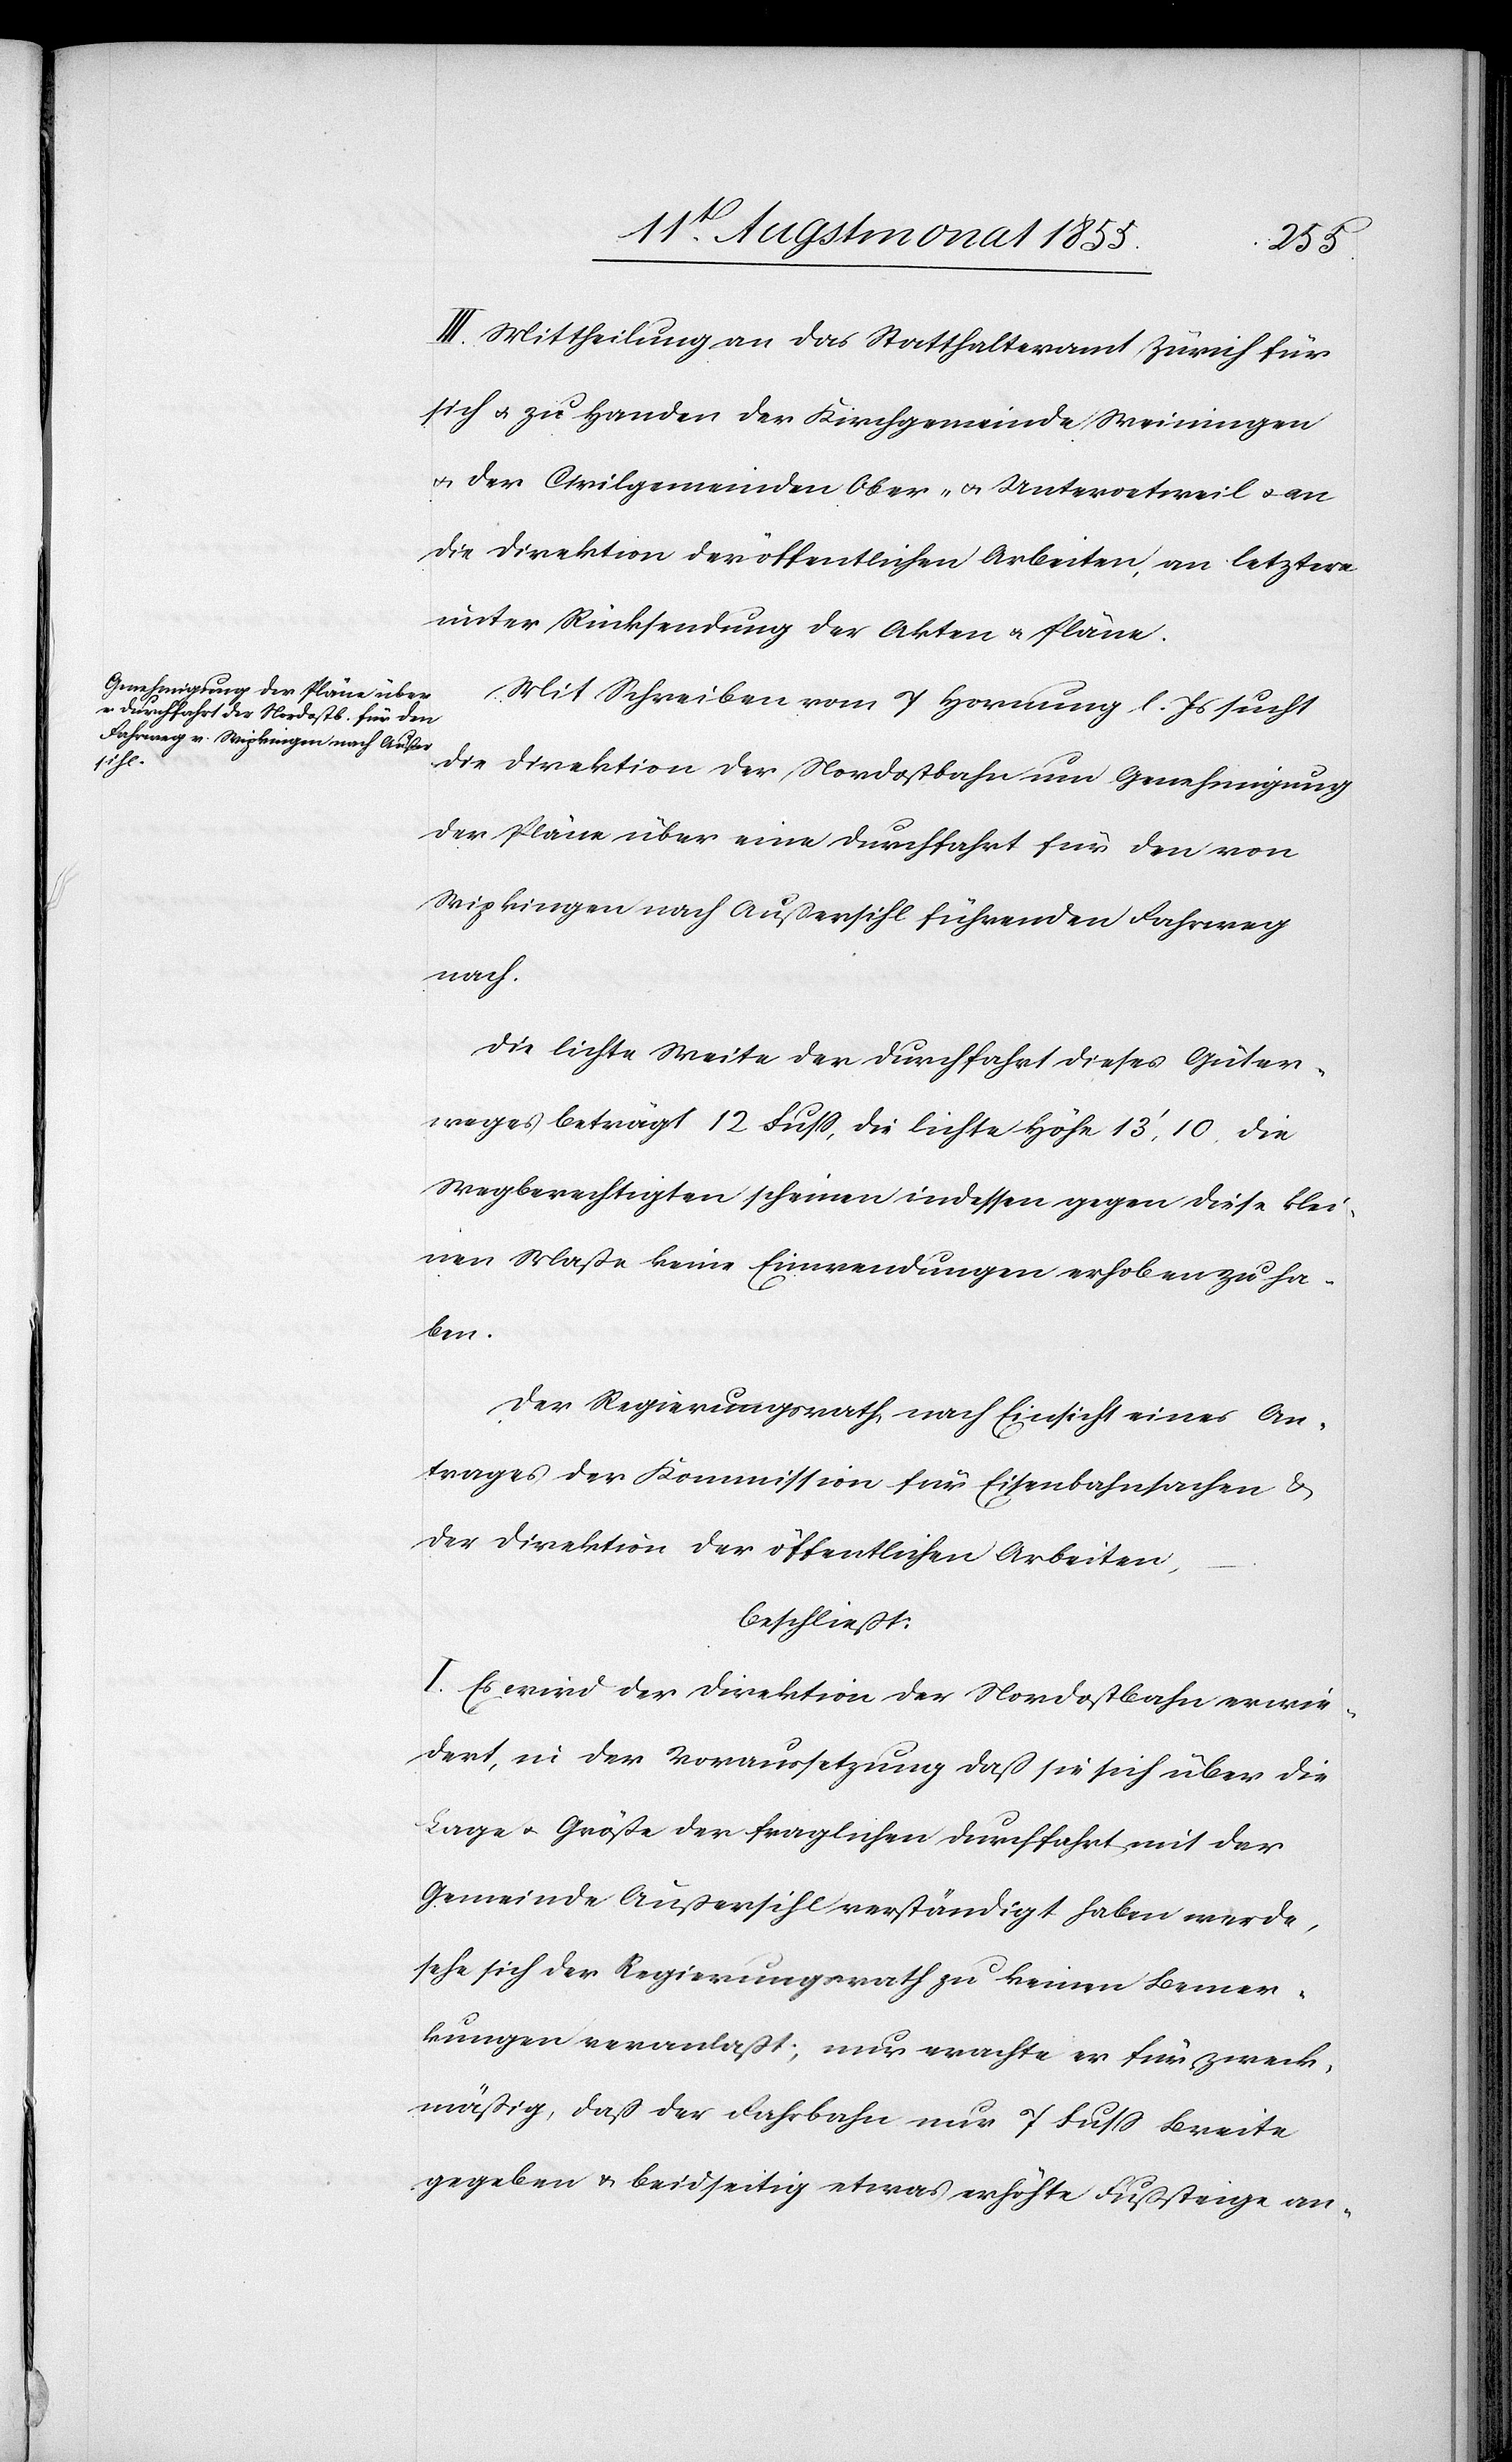
III. Mittheilung an das Statthalteramt Zürich für
sich & zu Handen der Kirchgemeinde Weiningen
& der Civilgemeinden Ober- & Unteroetweil & an
die Direktion der öffentlichen Arbeiten, an letztere
unter Rücksendung der Akten & Pläne.
Mit Schreiben vom 7 Hornung l. Js sucht
die Direktion der Nordostbahn um Genehmigung
der Pläne über eine Durchfahrt für den von
Wipkingen nach Außersihl führenden Fahrweg
nach.
Die lichte Weite der Durchfahrt dieses Güter¬
weges beträgt 12 Fuss, die lichte Höhe 13‘, 10, die
Wegberechtigten scheinen indessen gegen diese klei¬
nen Maße keine Einwendungen erhoben zu ha¬
ben.
Der Regierungsrath, nach Einsicht eines An¬
trages der Kommission für Eisenbahnsachen &
der Direktion der öffentlichen Arbeiten,
beschließt:
I. Es wird der Direktion der Nordostbahn erwie¬
dert, in der Voraussetzung daß sie sich über die
Lage & Größe der fraglichen Durchfahrt mit der
Gemeinde Außersihl verständigt haben werde,
sehe sich der Regierungsrath zu keinen Bemer¬
kungen veranlaßt; nur erachte er für zweck¬
mäßig, daß der Fahrbahn nur 7 Fuss Breite
gegeben & beidseitig etwas erhöhte Fußsteige an-